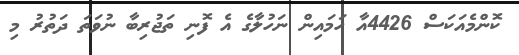
ކޮންމެއަކަސް 4426އާ ހަމައިން ނަހުލާގެ އެ ފޮނި ތަޖުރިބާ ނުވަތަ ދަތުރު މި